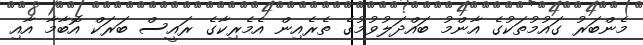
މެންބަރު ގައުމުތަކުގެ އާންމު ބައްދަލުވުމުގެ ތެރެއިން އެމެރިކާގެ ރައީސް ބަރަކް އޮބާމާ އާއި